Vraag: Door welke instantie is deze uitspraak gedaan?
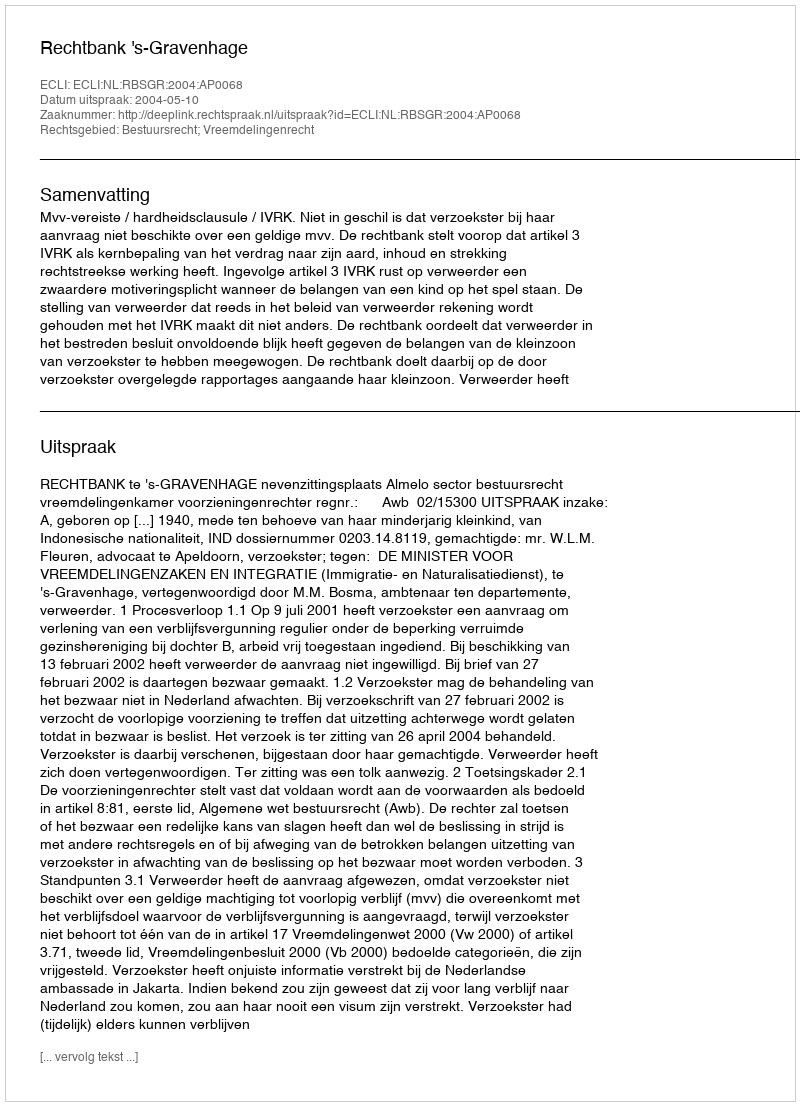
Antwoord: Rechtbank 's-Gravenhage